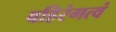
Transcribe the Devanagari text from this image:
बहिरंगत्वं